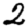
Digit: 2